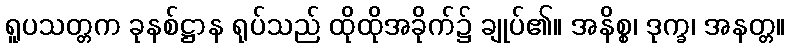
ရူပသတ္တက ခုနစ်ဋ္ဌာန ရုပ်သည် ထိုထိုအခိုက်၌ ချုပ်၏။ အနိစ္စ၊ ဒုက္ခ၊ အနတ္တ။